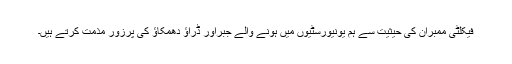
فیکلٹی ممبران کی حیثیت سے ہم یونیورسٹیوں میں ہونے والے جبراور ڈراؤ دھمکاؤ کی پرزور مذمت کرتے ہیں۔